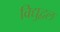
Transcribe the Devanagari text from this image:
विद्युद्वल